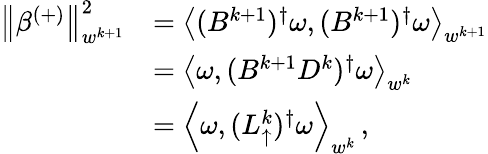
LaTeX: \begin{array}{rl}{\left\lVert\beta^{(+)}\right\rVert_{w^{k+1}}^{2}}&{=\left\langle(B^{k+1})^{\dagger}\omega,(B^{k+1})^{\dagger}\omega\right\rangle_{w^{k+1}}}\\ &{=\left\langle\omega,(B^{k+1}D^{k})^{\dagger}\omega\right\rangle_{w^{k}}}\\ &{=\left\langle\omega,(L_{\uparrow}^{k})^{\dagger}\omega\right\rangle_{w^{k}}\, ,}\end{array}